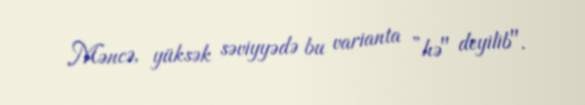
Məncə, yüksək səviyyədə bu varianta ”hə" deyilib".